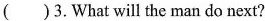
( )3.What will the man do next?